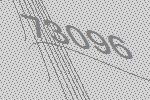
73096